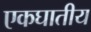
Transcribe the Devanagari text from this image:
एकघातीय